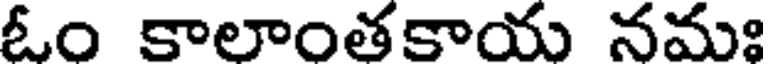
ఓం కాలాంతకాయ నమః